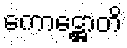
ကောဋ္ဌောတိ